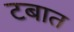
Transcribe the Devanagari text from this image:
टबात